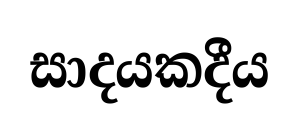
සාදයකදීය